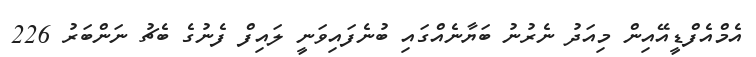
އެމްއެފްޑީއޭއިން މިއަދު ނެރުނު ބަޔާނެއްގައި ބުނެފައިވަނީ ލައިފް ފެނުގެ ބެޗު ނަންބަރު 226